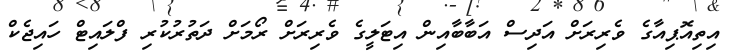
އިތިއޮޕިއާގެ ވެރިރަށް އަދިސް އަބާބާއިން އިޓަލީގެ ވެރިރަށް ރޯމަށް ދަތުރުކުރި ފްލައިޓް ހައިޖެކް